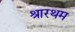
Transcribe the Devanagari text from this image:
श्रारथम